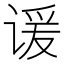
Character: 谖